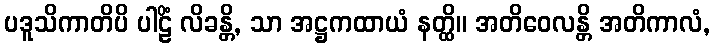
ပဒူသိကာတိပိ ပါဠိံ လိခန္တိ, သာ အဋ္ဌကထာယံ နတ္ထိ။ အတိဝေလန္တိ အတိကာလံ,